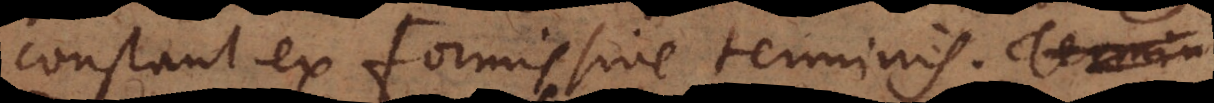
constant ex Formis sive terminis. Termin